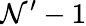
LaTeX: \mathcal{N}^{\prime}-1